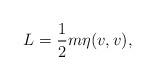
LaTeX: \begin{align*}L = \frac{1}{2}m\eta(v,v),\end{align*}